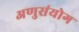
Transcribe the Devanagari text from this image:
अणुसंयोग